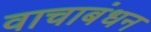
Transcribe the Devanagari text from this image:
वाचाबंधन